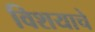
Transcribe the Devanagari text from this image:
विशयाचे